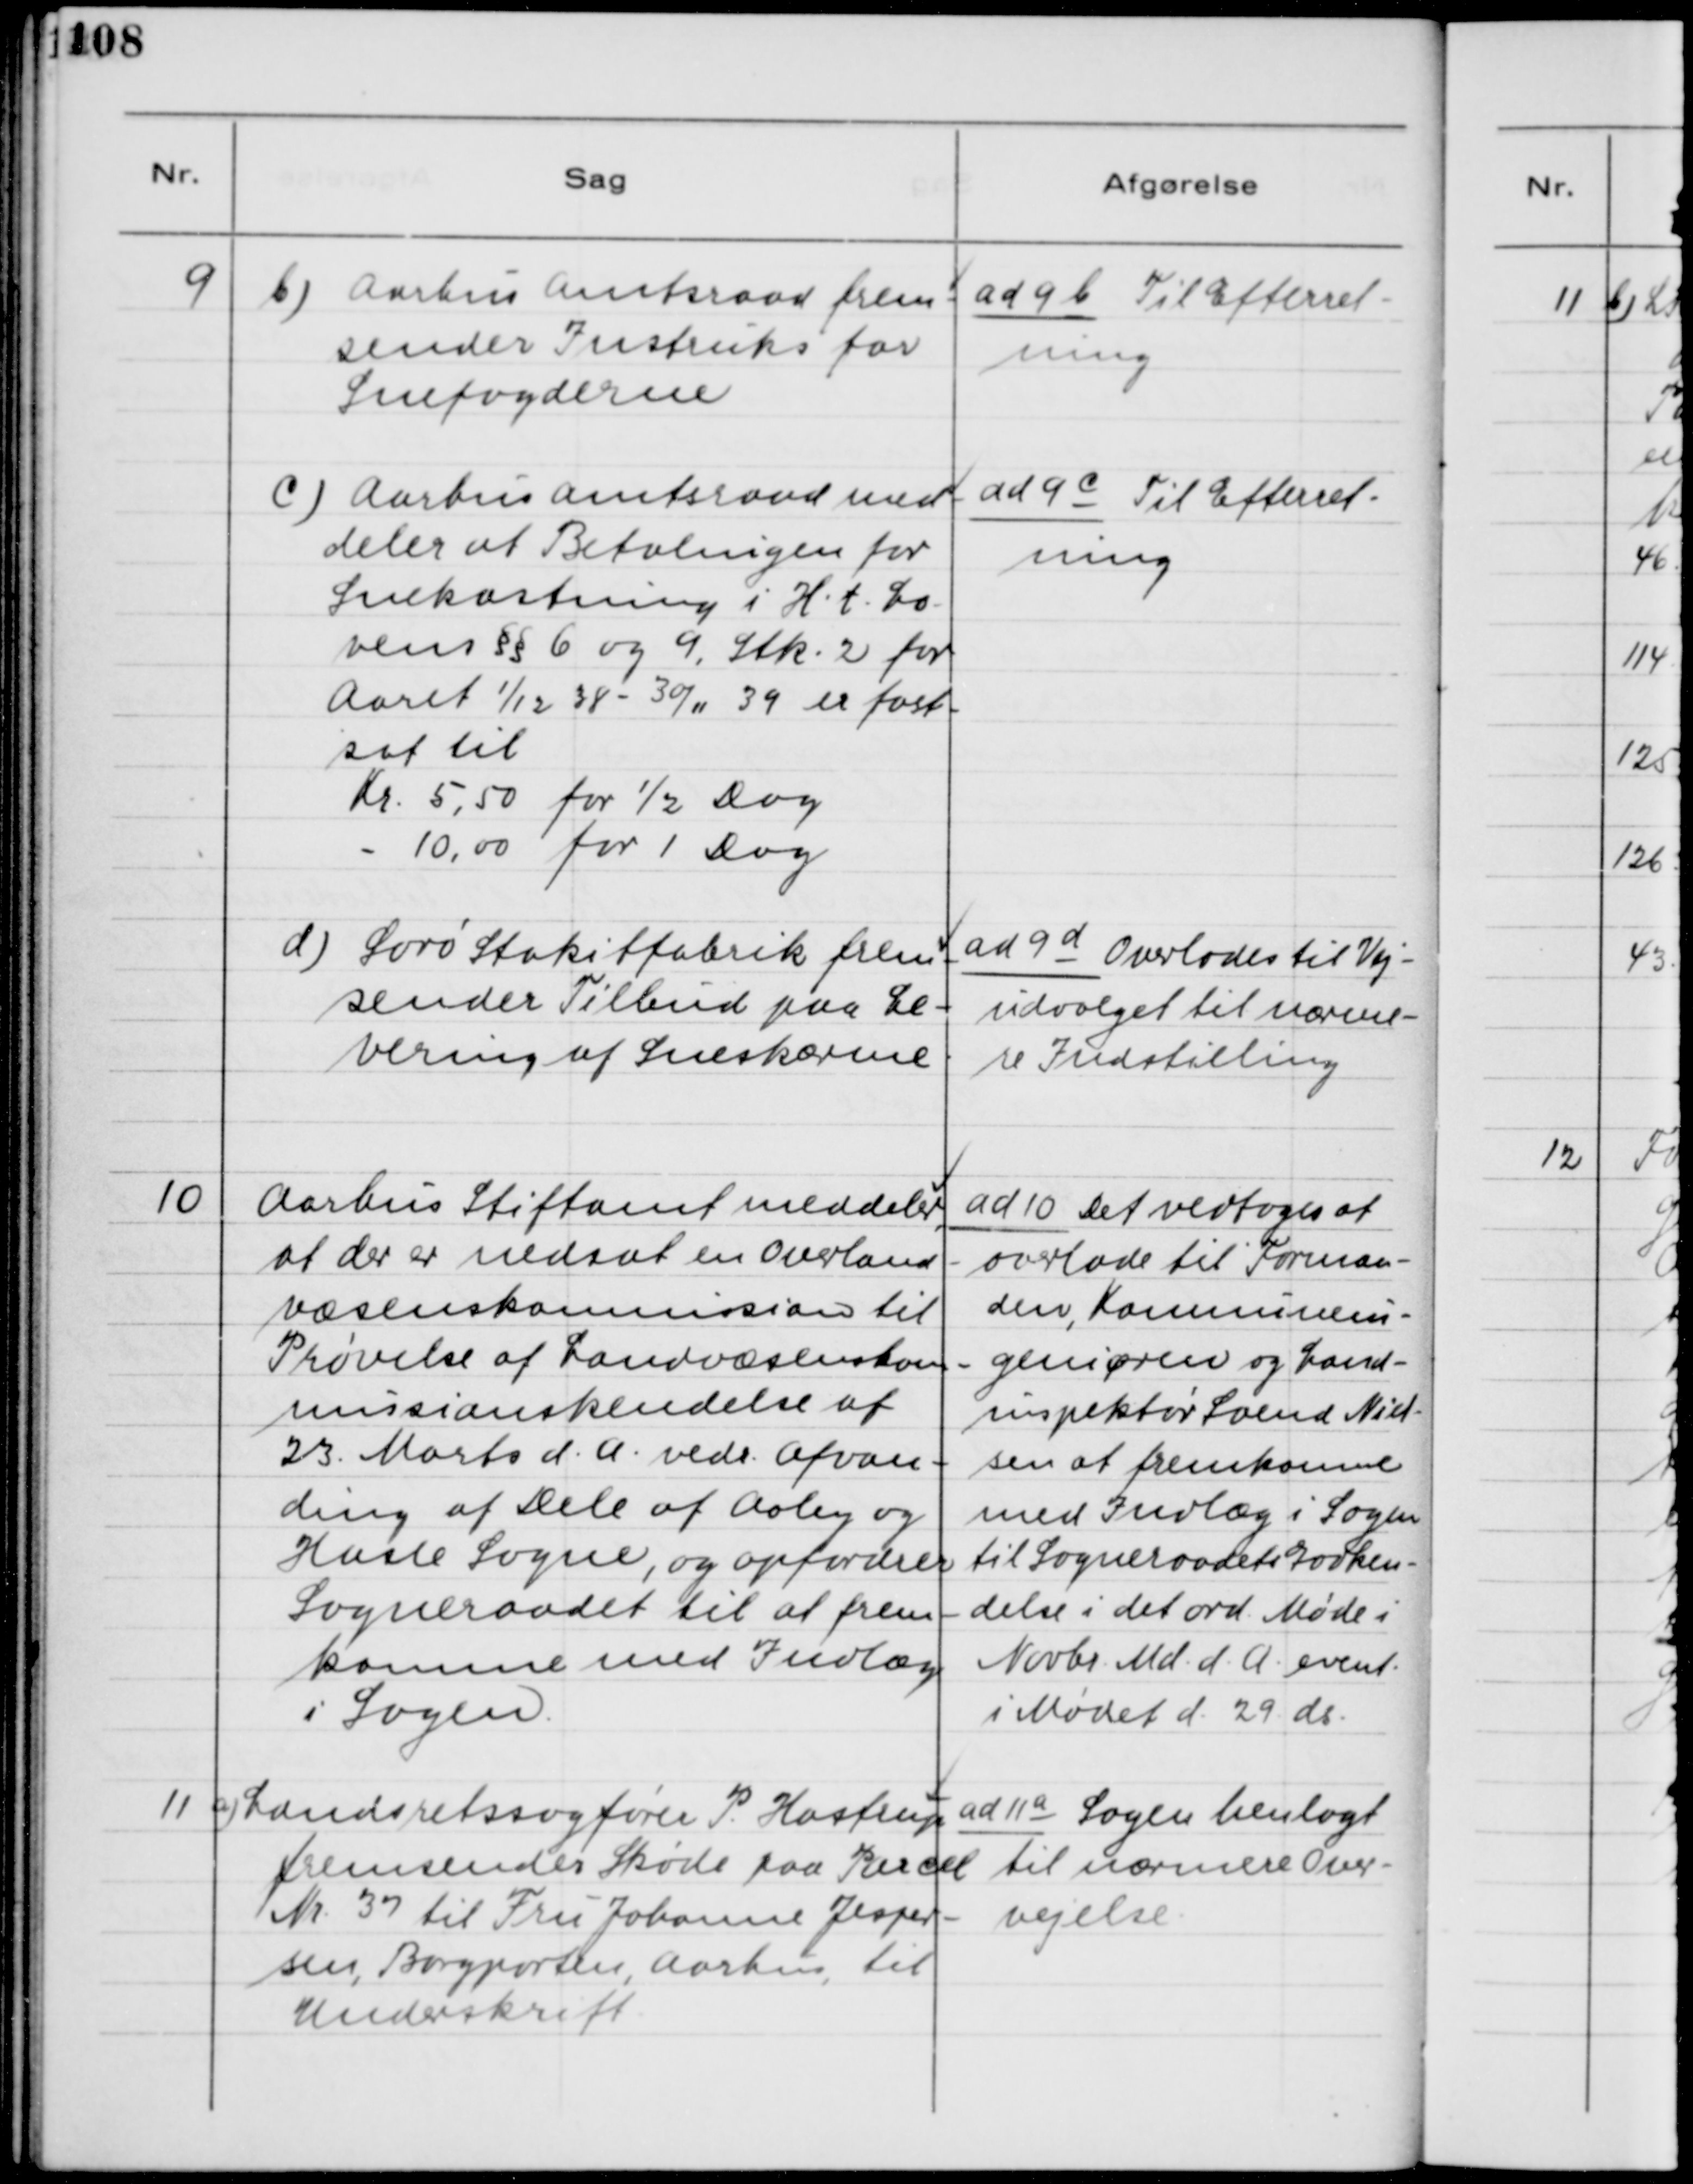
Transskription:
9 b) Aarhus Amtsraad frem-
sender Instruks for
Snefogederne

ad 9 b. Til Efterret-
ning

c) Aarhus Amtsraad med-
deler at Betalingen for
Snekastning i H.t. Lo-
vens §§ 6 og 9, Stk. 2 for
Aaret 1/12 38 - 30/11 39 er fast-
sat til
Kr. 5,50 for 1/2 Dag
- 10,00 for 1 Dag

ad 9 c Til Efterret-
ning

d) Sorø Stakitfabrik frem-
sender Tilbud paa Le-
vering af Sneskærme.

ad 9 d Overlades til Vej-
udvalget til nærme-
re Indstilling.

10. Aarhus Stiftsamt medeler,
at der er nedsat en Overland-
væsenkommision til
Prøvelse af Landvæsenkom-
missionskendelse af
23. Marts d.A. vedr. Afvan-
ding af Dele af Aaby og
Hasle Sogne, og opfordrer
Sogneraadet til at frem-
komme med Indlæg
i Sagen.

ad 10. Det vedtoges at
overlade til Forman-
den, Kommunein-
geniøren og Land-
inspektør Svend Niel-
sen at fremkomme
med Indlæg i Sagen
til Sogneraadets Godken-
delse i det ord. Møde i
Novbr. Md. d.A. event.
i Mødet d. 29. ds.

11 a) Landsretssagfører P. Hastrup
fremsender Skøde paa Parcel
Nr. 37 til Fru Johanne Jesper-
sen, Borgporten, Aarhus, til
Underskrift.

ad 11 a Sagen henlagt
til nærmere Over-
vejelse.